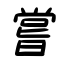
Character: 嘗